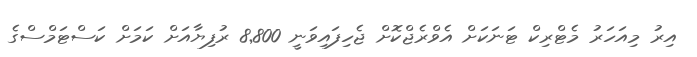
އިރު މިއަހަރު މެޓްރިކް ޓަނަކަށް އެވްރެޖްކޮށް ޖެހިފައިވަނީ 8